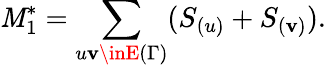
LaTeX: \mathit{M}_{1}^{*}=\sum_{u\mathbf{v}\inE{(\Gamma)}}(S_{(u)}+S_{(\mathbf{v})}).